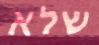
שלא